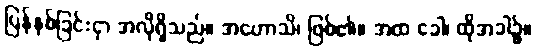
ပြန်နစ်ခြင်းငှာ အလိုရှိသည်။ အဟောသိ၊ ဖြစ်၏။ အထ ခေါ၊ ထိုအခါ၌။